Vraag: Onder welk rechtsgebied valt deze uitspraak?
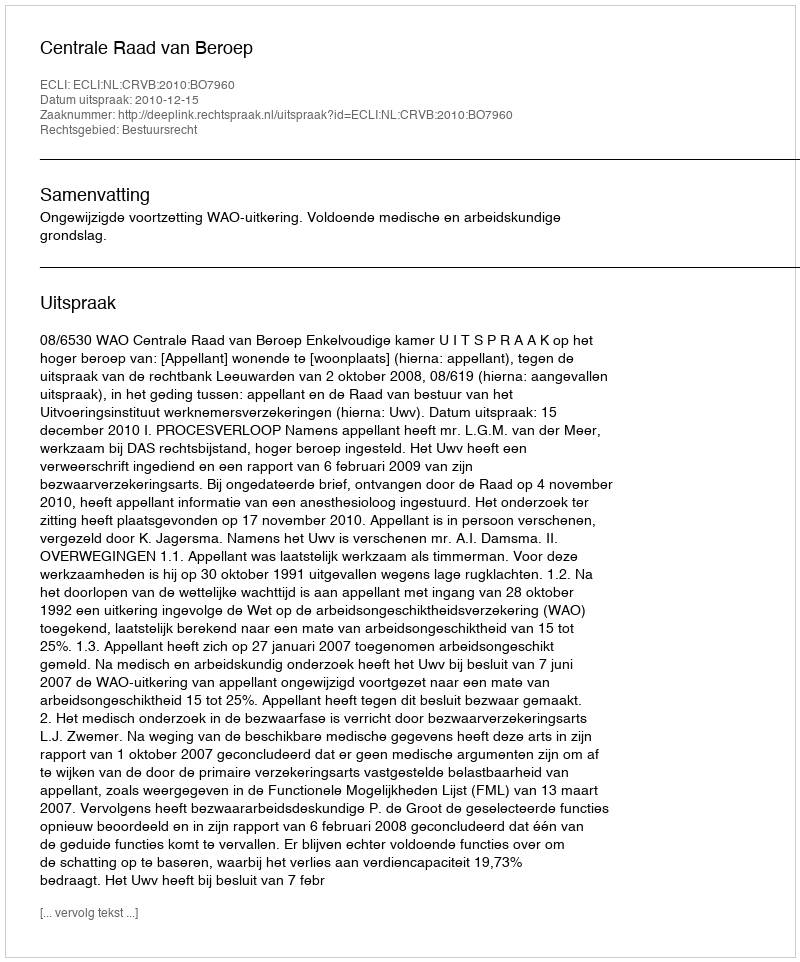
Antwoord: Bestuursrecht